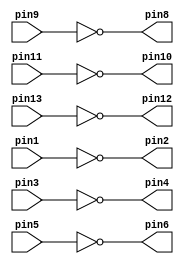
module v7404 (pin1, pin3, pin5, pin9, pin11, pin13, 
				pin2, pin4, pin6, pin8, pin10, pin12);

	input pin1, pin3, pin5, pin9, pin11, pin13;
	output pin2, pin4, pin6, pin8, pin10, pin12; 

	assign pin2 = ! (pin1);
	assign pin4 = ! (pin3); 
	assign pin6 = ! (pin5);
	assign pin8 = ! (pin9);
	assign pin10 = ! (pin11);
	assign pin12 = ! (pin13);

endmodule // v7404

module v7408 (pin1, pin3, pin5, pin9, pin11, pin13, 
					pin2, pin4, pin6, pin8, pin10, pin12);

	input pin1, pin2, pin4, pin5, pin9, pin10, pin12, pin13;
	output pin3, pin6, pin8, pin11;

	assign pin3 = (pin1 & pin2);
	assign pin6 = (pin4 & pin5); 
	assign pin8 = (pin9 & pin10);
	assign pin11 = (pin12 & pin13);
	
endmodule // v7408

module v7432 (pin1, pin3, pin5, pin9, pin11, pin13, 
					pin2, pin4, pin6, pin8, pin10, pin12);

	input pin1, pin2, pin4, pin5, pin9, pin10, pin12, pin13;
	output pin3, pin6, pin8, pin11;

	assign pin3 = (pin1 | pin2);
	assign pin6 = (pin4 | pin5); 
	assign pin8 = (pin9 | pin10);
	assign pin11 = (pin12 | pin13);

endmodule // v7432